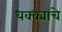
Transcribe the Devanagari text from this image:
धक्क्याचे